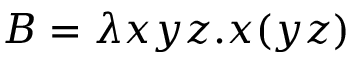
B = \lambda x y z . x ( y z )